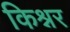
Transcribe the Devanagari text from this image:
किश्नर